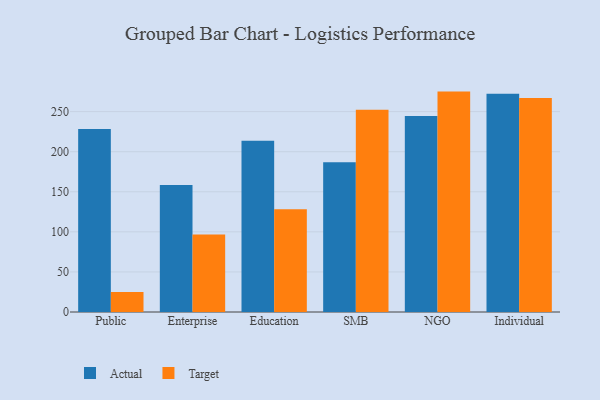
{"axis": {"x": "Segment", "y": "Operating Costs (USD K)"}, "legend": ["Actual", "Target"], "data": [{"x": "Public", "y": 228.2, "type": "Actual"}, {"x": "Public", "y": 25.1, "type": "Target"}, {"x": "Enterprise", "y": 158.4, "type": "Actual"}, {"x": "Enterprise", "y": 96.6, "type": "Target"}, {"x": "Education", "y": 213.8, "type": "Actual"}, {"x": "Education", "y": 128.1, "type": "Target"}, {"x": "SMB", "y": 186.9, "type": "Actual"}, {"x": "SMB", "y": 252.3, "type": "Target"}, {"x": "NGO", "y": 244.7, "type": "Actual"}, {"x": "NGO", "y": 275.0, "type": "Target"}, {"x": "Individual", "y": 272.4, "type": "Actual"}, {"x": "Individual", "y": 267.0, "type": "Target"}]}